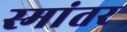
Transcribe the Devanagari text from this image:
स्मांतर